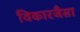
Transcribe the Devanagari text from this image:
विकारजैसा